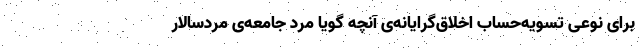
برای نوعی تسویه‌حساب اخلاق‌گرایانه‌ی آنچه گویا مردِ جامعه‌ی مردسالار